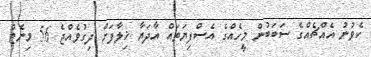
ކެވުނު އެއްޗެއްގެ ސަބަބުން މީހެއްގެ އެސްފިޔަތައް އާދަޔާ ޚިލާފަށް ދިގުވެއްޖެ 56 މިނެޓް